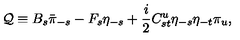
{ \cal Q } \equiv B _ { s } \bar { \pi } _ { - s } - F _ { s } \eta _ { - s } + \frac { i } { 2 } C _ { s t } ^ { u } \eta _ { - s } \eta _ { - t } \pi _ { u } ,